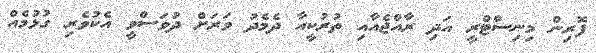
ފޮރިން މިނިސްޓްރީ އަދި ރާއްޖެއާއި ތުރުކީއާ ދެމެދު ވަރަށް ދުވަސްވީ އެކުވެރި ގުޅުމެއް